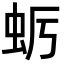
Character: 𮓺